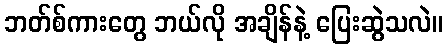
ဘတ်စ်ကားတွေ ဘယ်လို အချိန်နဲ့ ပြေးဆွဲသလဲ။